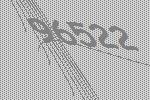
96522